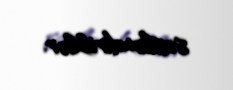
səsləndiriblər.